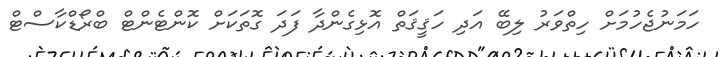
ހަމަނުޖެހުމަށް ހިތްވަރު ލިބޭ އަދި ހަޤީޤަތް އޮޅިގެންދާ ފަދަ ގޮތަކަށް ކޮންޓެންޓް ބްރޯޑްކާސްޓް